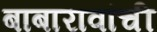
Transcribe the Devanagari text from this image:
बाबारावांची